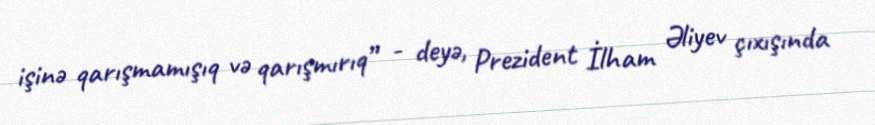
işinə qarışmamışıq və qarışmırıq” - deyə, Prezident İlham Əliyev çıxışında